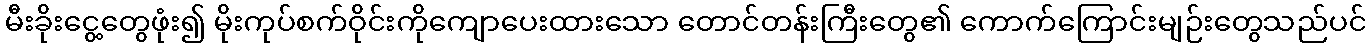
မီးခိုးငွေ့တွေဖုံး၍ မိုးကုပ်စက်ဝိုင်းကိုကျောပေးထားသော တောင်တန်းကြီးတွေ၏ ကောက်ကြောင်းမျဉ်းတွေသည်ပင်